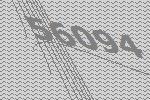
56094